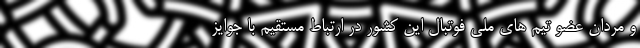
و مردان عضو تیم های ملی فوتبال این کشور در ارتباط مستقیم با جوایز